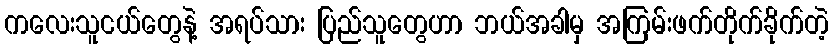
ကလေးသူငယ်တွေနဲ့ အရပ်သား ပြည်သူတွေဟာ ဘယ်အခါမှ အကြမ်းဖက်တိုက်ခိုက်တဲ့